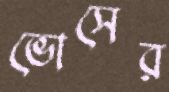
ভোসের